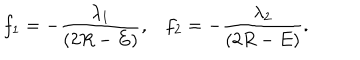
f _ { 1 } = - \frac { \lambda _ { 1 } } { ( 2 R - E ) } , f _ { 2 } = - \frac { \lambda _ { 2 } } { ( 2 R - E ) } .